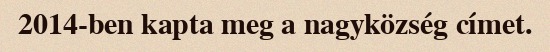
2014-ben kapta meg a nagyközség címet.